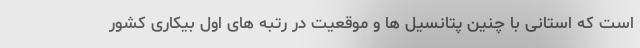
است که استانی با چنین پتانسیل ها و موقعیت در رتبه های اول بیکاری کشور